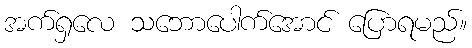
အက်ရှလေ သဘောပေါက်အောင် ပြောရမည်။